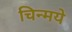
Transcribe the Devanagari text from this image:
चिन्मये